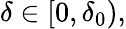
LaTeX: \delta\in[0,\delta_{0}),